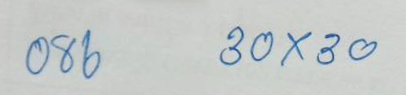
086 30x30